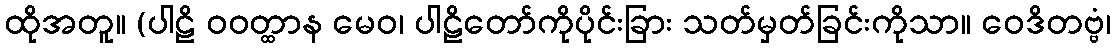
ထိုအတူ။ (ပါဠိ ဝဝတ္ထာန မေဝ၊ ပါဠိတော်ကိုပိုင်းခြား သတ်မှတ်ခြင်းကိုသာ။ ဝေဒိတဗ္ဗံ၊